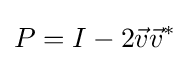
P=I-2{\vec {v}}{\vec {v}}^{*}